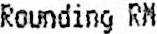
ROUNDING RM